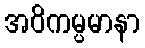
အဝိကမ္ပမာနာ